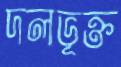
দলভূক্ত